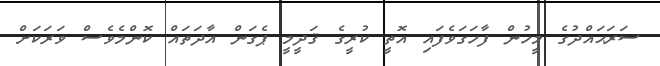
ސަރަޙައްދުގެ މީހުން ފާހަގަވެފައި އޮތީ ކުރީގެ ޤަދީމީ ޕެގަން އާދަތައް ކޮންމެވެސް ވަރަކަށް